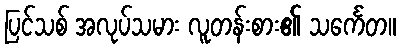
ပြင်သစ် အလုပ်သမား လူတန်းစား၏ သင်္ကေတ။